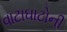
વાટાઘાટોની